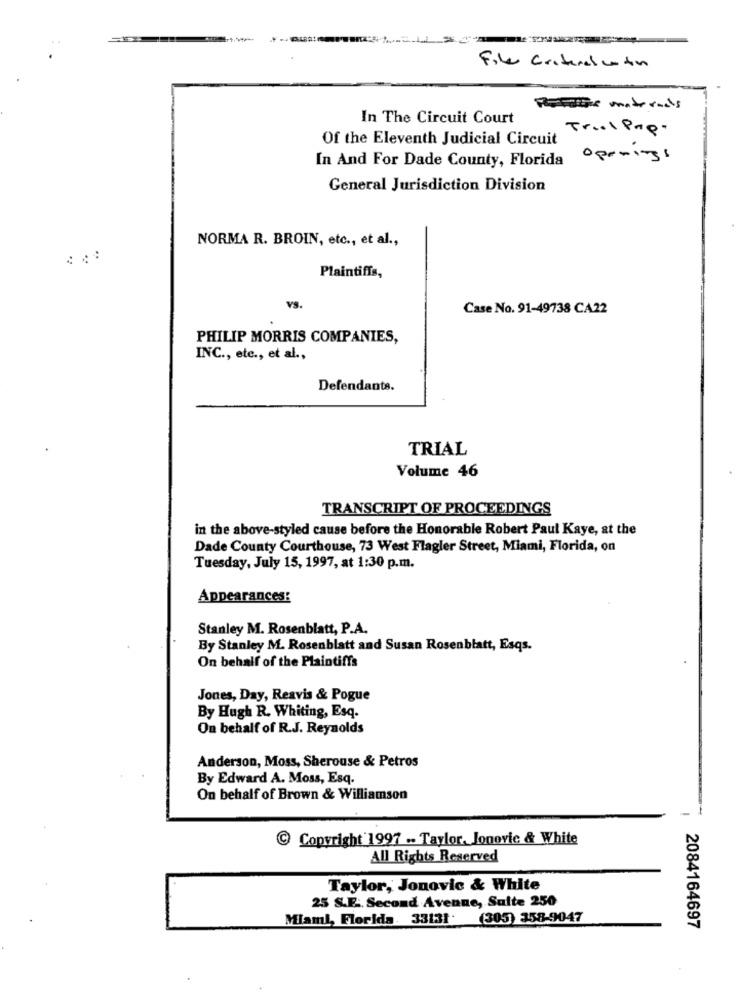
Ert ....
File Criterel contin
Potatis materais
In The Circuit Court
Trail Prp.
Of the Eleventh Judicial Circuit
In And For Dade County, Florida
Openings
General Jurisdiction Division
NORMA R. BROIN, etc ., et al .,
Plaintiffs,
VS.
Case No. 91-49738 CA22
PHILIP MORRIS COMPANIES,
INC ., etc ., et al .,
Defendants.
TRIAL
Volume 46
TRANSCRIPT OF PROCEEDINGS
in the above-styled cause before the Honorable Robert Paul Kaye, at the
Dade County Courthouse, 73 West Flagler Street, Miami, Florida, on
Tuesday, July 15, 1997, at 1:30 p.m.
Appearances:
Stanley M. Rosenblatt, P.A.
By Stanley M. Rosenblatt and Susan Rosenblatt, Esqs.
On behalf of the Plaintiffs
Jones, Day, Reavis & Pogue
By Hugh R. Whiting, Esq.
On behalf of R.J. Reynolds
Anderson, Moss, Sherouse & Petros
By Edward A. Moss, Esq.
On behalf of Brown & Williamson
-
C Copyright 1997 .- Taylor, Jonovic & White
All Rights Reserved
Taylor, Jonovic & White
25 S.E .. Second Avenue, Suite 250
Miami, Florida. 33131
(305) 358-9047
2084164697